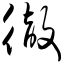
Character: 彻